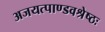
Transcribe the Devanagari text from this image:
अजयत्पाण्डवश्रेष्ठः